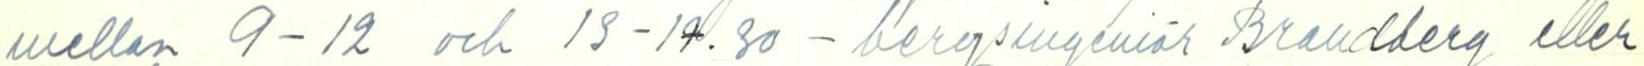
mellan 9-12 och 13-19.30 - bergsingeniör Brandberg eller